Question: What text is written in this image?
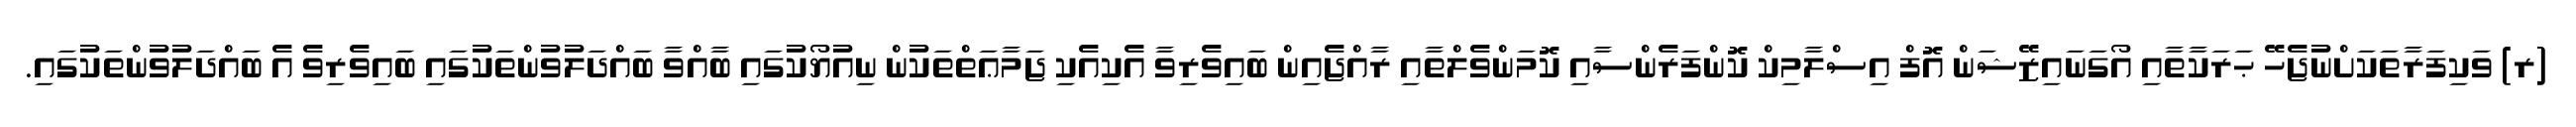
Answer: (ރ) ވަކިފަރާތަކަށްނުޖެހޭ ޙަރަކާތާއި އޯގަނައިޒޭޝަން އޮފް އިސްލާމިކް ކޮންފަރެންސާއި ކޮމަންވެލްތާއި ރާއްޖެއިން ބައިވެރިވާ އެކިއެކި ޖަމާޢަތްތަކުން ނިއުޔޯކުގައި ބާއްވާ ބައްދަލުވުންތަކުގައި ބައިވެރިވެ އެ ބައްދަލުވުންތަކުގައި.